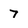
Character: 7